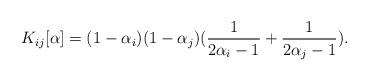
LaTeX: \begin{align*}K_{ij}[\alpha]=(1-\alpha_i)(1-\alpha_j)(\frac{1}{2\alpha_i-1}+\frac{1}{2\alpha_j-1}).\end{align*}